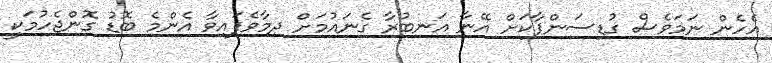
އެހެން ނަމަވެސް ގުޑިސަންޕާކަށް އޭނާ އަނބުރާ ގެނައުމަށް ދިމާވެފައިވާ އެންމެ ބޮޑު ގޮންޖެހުމަކީ